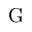
\mathrm { G }